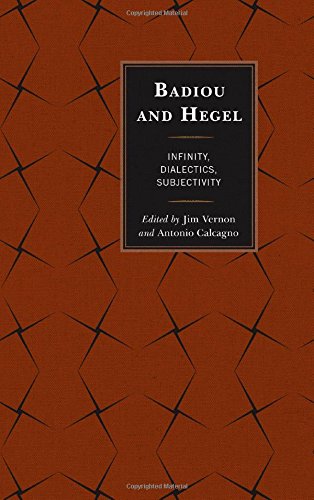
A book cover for Badiou and Hegel: Infinity, Dialectics, Subjectivity; Politics & Social Sciences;